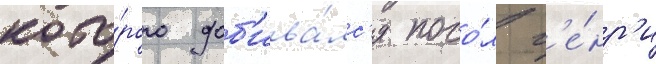
кото́рого доб'ива́лс'я посо́л г'е́нр'и